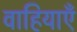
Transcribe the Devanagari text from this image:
वाहियाएँ